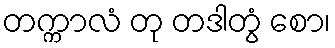
တက္ကာလံ တု တဒါတွံ စော၊